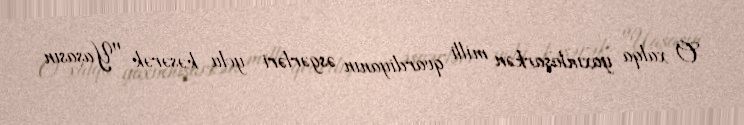
O xalqa yaxınlaşarkən milli qvardiyanın əsgərləri yolu kəsərək "Yaşasın